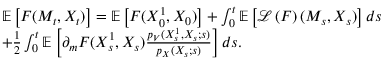
\begin{array} { r l } & { { \mathbb E } \left[ F ( M _ { t } , X _ { t } ) \right] = { \mathbb E } \left[ F ( X _ { 0 } ^ { 1 } , X _ { 0 } ) \right] + \int _ { 0 } ^ { t } { \mathbb E } \left[ { \mathcal L } \left( F \right) ( M _ { s } , X _ { s } ) \right] d s } \\ & { + \frac { 1 } { 2 } \int _ { 0 } ^ { t } { \mathbb E } \left[ \partial _ { m } F ( X _ { s } ^ { 1 } , { X _ { s } } ) \frac { p _ { V } ( X _ { s } ^ { 1 } , { X _ { s } } ; s ) } { p _ { X } ( X _ { s } ; s ) } \right] d s . } \end{array}